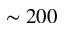
\sim 2 0 0